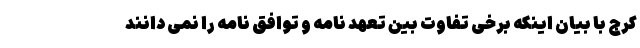
کرج با بیان اینکه برخی تفاوت بین تعهد نامه و توافق نامه را نمی دانند